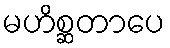
မဟိစ္ဆတာပေ